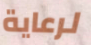
لرعاية